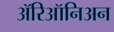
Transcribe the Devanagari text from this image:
ॲरिऑनिअन